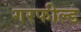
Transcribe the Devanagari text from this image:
गरफील्ड